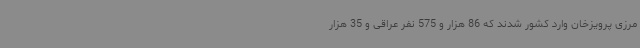
مرزی پرویزخان وارد کشور شدند که 86 هزار و 575 نفر عراقی و 35 هزار